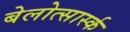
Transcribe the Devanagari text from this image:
बेलोत्सार्स्क